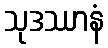
သုဒဿာနံ